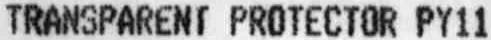
TRANSPARENT PROTECTOR PY11